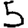
Digit: 5